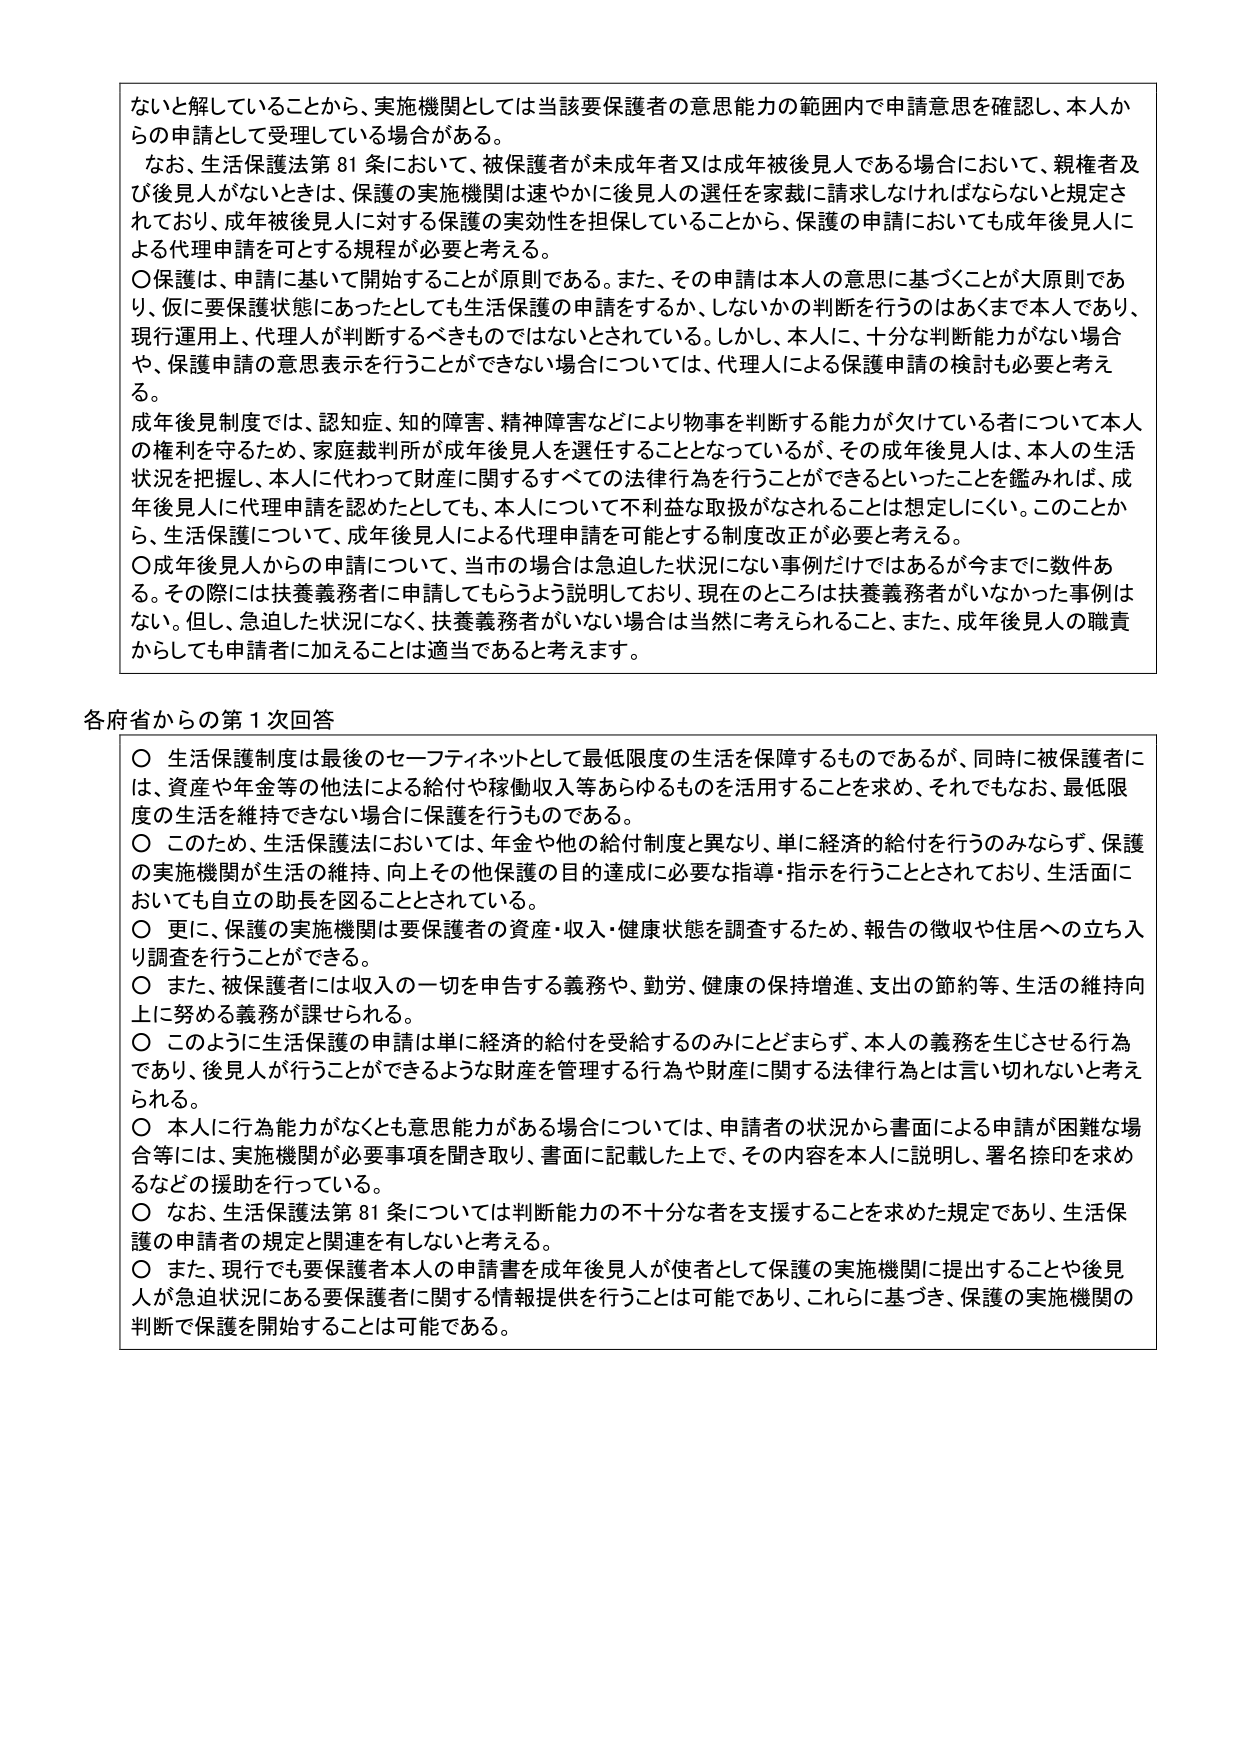
ないと解していることから、実施機関としては当該要保護者の意思能力の範囲内で申請意思を確認し、本人からの申請として受理している場合がある。

なお、生活保護法第81条において、被保護者が未成年者又は成年被後見人である場合において、親権者及び後見人がないときは、保護の実施機関は速やかに後見人の選任を家裁に請求しなければならないと規定されており、成年被後見人に対する保護の実効性を担保していることから、保護の申請においても成年後見人による代理申請を可とする規程が必要と考える。

〇保護は、申請に基づいて開始することが原則である。また、その申請は本人の意思に基づくことが大原則であり、仮に要保護状態にあったとしても生活保護の申請をするか、しないかの判断を行うのはあくまで本人であり、現行運用上、代理人が判断するべきものではないとされている。しかし、本人に、十分な判断能力がない場合や、保護申請の意思表示を行うことができない場合については、代理人による保護申請の検討も必要と考える。

成年後見制度では、認知症、知的障害、精神障害などにより物事を判断する能力が欠けている者について本人の権利を守るため、家庭裁判所が成年後見人を選任することとなっているが、その成年後見人は、本人の生活状況を把握し、本人に代わって財産に関するすべての法律行為を行うことができるといったことを鑑みれば、成年後見人に代理申請を認めたとしても、本人について不利益な取扱がなされるとは想定しにくい。このことから、生活保護について、成年後見人による代理申請を可能とする制度改正が必要と考える。

〇成年後見人からの申請について、当市の場合は急迫した状況にない事例だけではあるが今までに数件ある。その際には扶養義務者に申請してもらうよう説明しており、現在のところは扶養義務者がいなかった事例はない。但し、急迫した状況になく、扶養義務者がいない場合は当然に考えられること、また、成年後見人の職責からしても申請者に加えることは適当であると考えます。

各府省からの第1次回答

〇 生活保護制度は最後のセーフティネットとして最低限度の生活を保障するものであるが、同時に被保護者には、資産や年金等の他法による給付や稼働収入等あらゆるものを活用することを求め、それでもなお、最低限度の生活を維持できない場合に保護を行うものである。

〇 このため、生活保護法においては、年金や他の給付制度と異なり、単に経済的給付を行うのみならず、保護の実施機関が生活の維持、向上その他保護の目的達成に必要な指導・指示を行うこととされており、生活面においても自立の助長を図ることとされている。

〇 更に、保護の実施機関は要保護者の資産・収入・健康状態を調査するため、報告の徴収や住居への立ち入り調査を行うことができる。

〇 また、被保護者には収入の一切を申告する義務や、勤労、健康の保持増進、支出の節約等、生活の維持向上に努める義務が課せられる。

〇 このように生活保護の申請は単に経済的給付を受給するのみにとどまらず、本人の義務を生じさせる行為であり、後見人が行うことができるような財産を管理する行為や財産に関する法律行為とは言い切れないと考えられる。

〇 本人に行為能力がなくとも意思能力がある場合については、申請者の状況から書面による申請が困難な場合等には、実施機関が必要事項を聞き取り、書面に記載した上で、その内容を本人に説明し、署名捺印を求めるなどの援助を行っている。

〇 なお、生活保護法第81条については判断能力の不十分な者を支援することを求めた規定であり、生活保護の申請者の規定と関連を有しないと考える。

〇 また、現行でも要保護者本人の申請書を成年後見人が使者として保護の実施機関に提出することや後見人が急迫状況にある要保護者に関する情報提供を行うことは可能であり、これらに基づき、保護の実施機関の判断で保護を開始することは可能である。